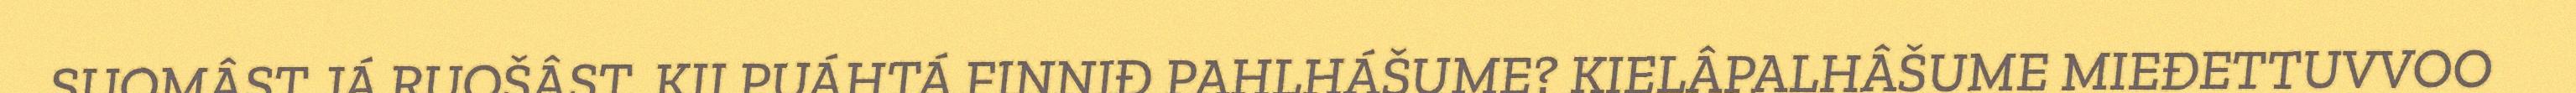
SUOMÂST JÁ RUOŠÂST. KII PUÁHTÁ FINNIĐ PAHLHÁŠUME? KIELÂPALHÂŠUME MIEĐETTUVVOO